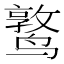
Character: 𬸫